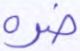
ضره